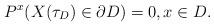
LaTeX: \begin{align*}P^x(X(\tau_D) \in \partial D) = 0, x \in D.\end{align*}